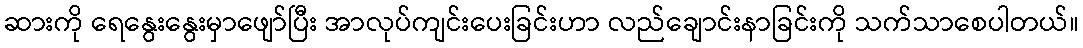
ဆားကို ရေနွေးနွေးမှာဖျော်ပြီး အာလုပ်ကျင်းပေးခြင်းဟာ လည်ချောင်းနာခြင်းကို သက်သာစေပါတယ်။